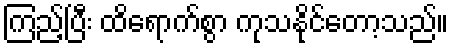
ကြည့်ပြီး ထိရောက်စွာ ကုသနိုင်တော့သည်။